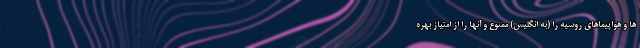
ها و هواپیماهای روسیه را (به انگلیس) ممنوع و آنها را از امتیاز بهره